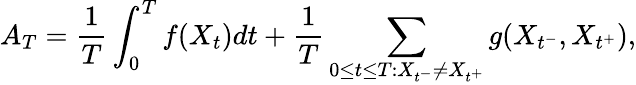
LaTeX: A_{T}=\frac{1}{T}\int_{0}^{T}f(X_{t})dt+\frac{1}{T}\sum_{0\le t\le T:X_{t^{-}}\neq X_{t^{+}}}g(X_{t^{-}},X_{t^{+}}),